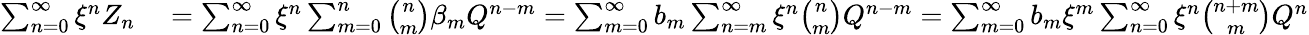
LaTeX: \begin{array}{rl}{\sum_{n=0}^{\infty}\xi^{n}Z_{n}}&{{}=\sum_{n=0}^{\infty}\xi^{n}\sum_{m=0}^{n}\binom{n}{m}\beta_{m}Q^{n-m}=\sum_{m=0}^{\infty}b_{m}\sum_{n=m}^{\infty}\xi^{n}\binom{n}{m}Q^{n-m}=\sum_{m=0}^{\infty}b_{m}\xi^{m}\sum_{n=0}^{\infty}\xi^{n}\binom{n+m}{m}Q^{n}}\end{array}